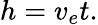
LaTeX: h=v_{e}t.